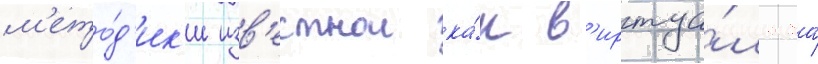
м'ето́д'ик'и изв'естнои ка́к в'иртуа́льнаа